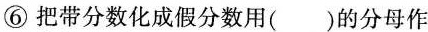
⑥把带分数化成假分数用()的分母作